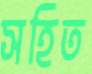
সহিত